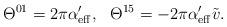
LaTeX: \begin{align*}\Theta^{01} = 2\pi \alpha'_{\rm eff},\ \ \Theta^{15} = - 2\pi\alpha'_{\rm eff} \tilde v.\end{align*}